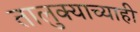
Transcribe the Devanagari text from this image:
तालुक्याच्याही